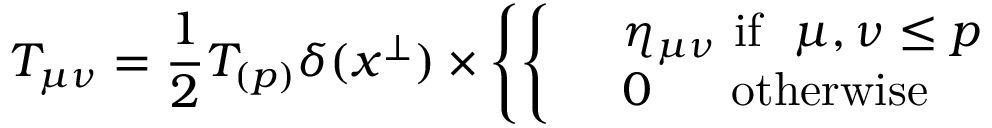
T _ { \mu \nu } = { \frac { 1 } { 2 } } T _ { ( p ) } \delta ( x ^ { \perp } ) \times \left\{ \left\{ \begin{array} { l l } { { } } & { { \eta _ { \mu \nu } \ \mathrm { i f } \ \ \mu , \nu \leq p } } \\ { { } } & { { 0 \ \ \ \ \ \mathrm { o t h e r w i s e } } } \end{array} \right. \right.